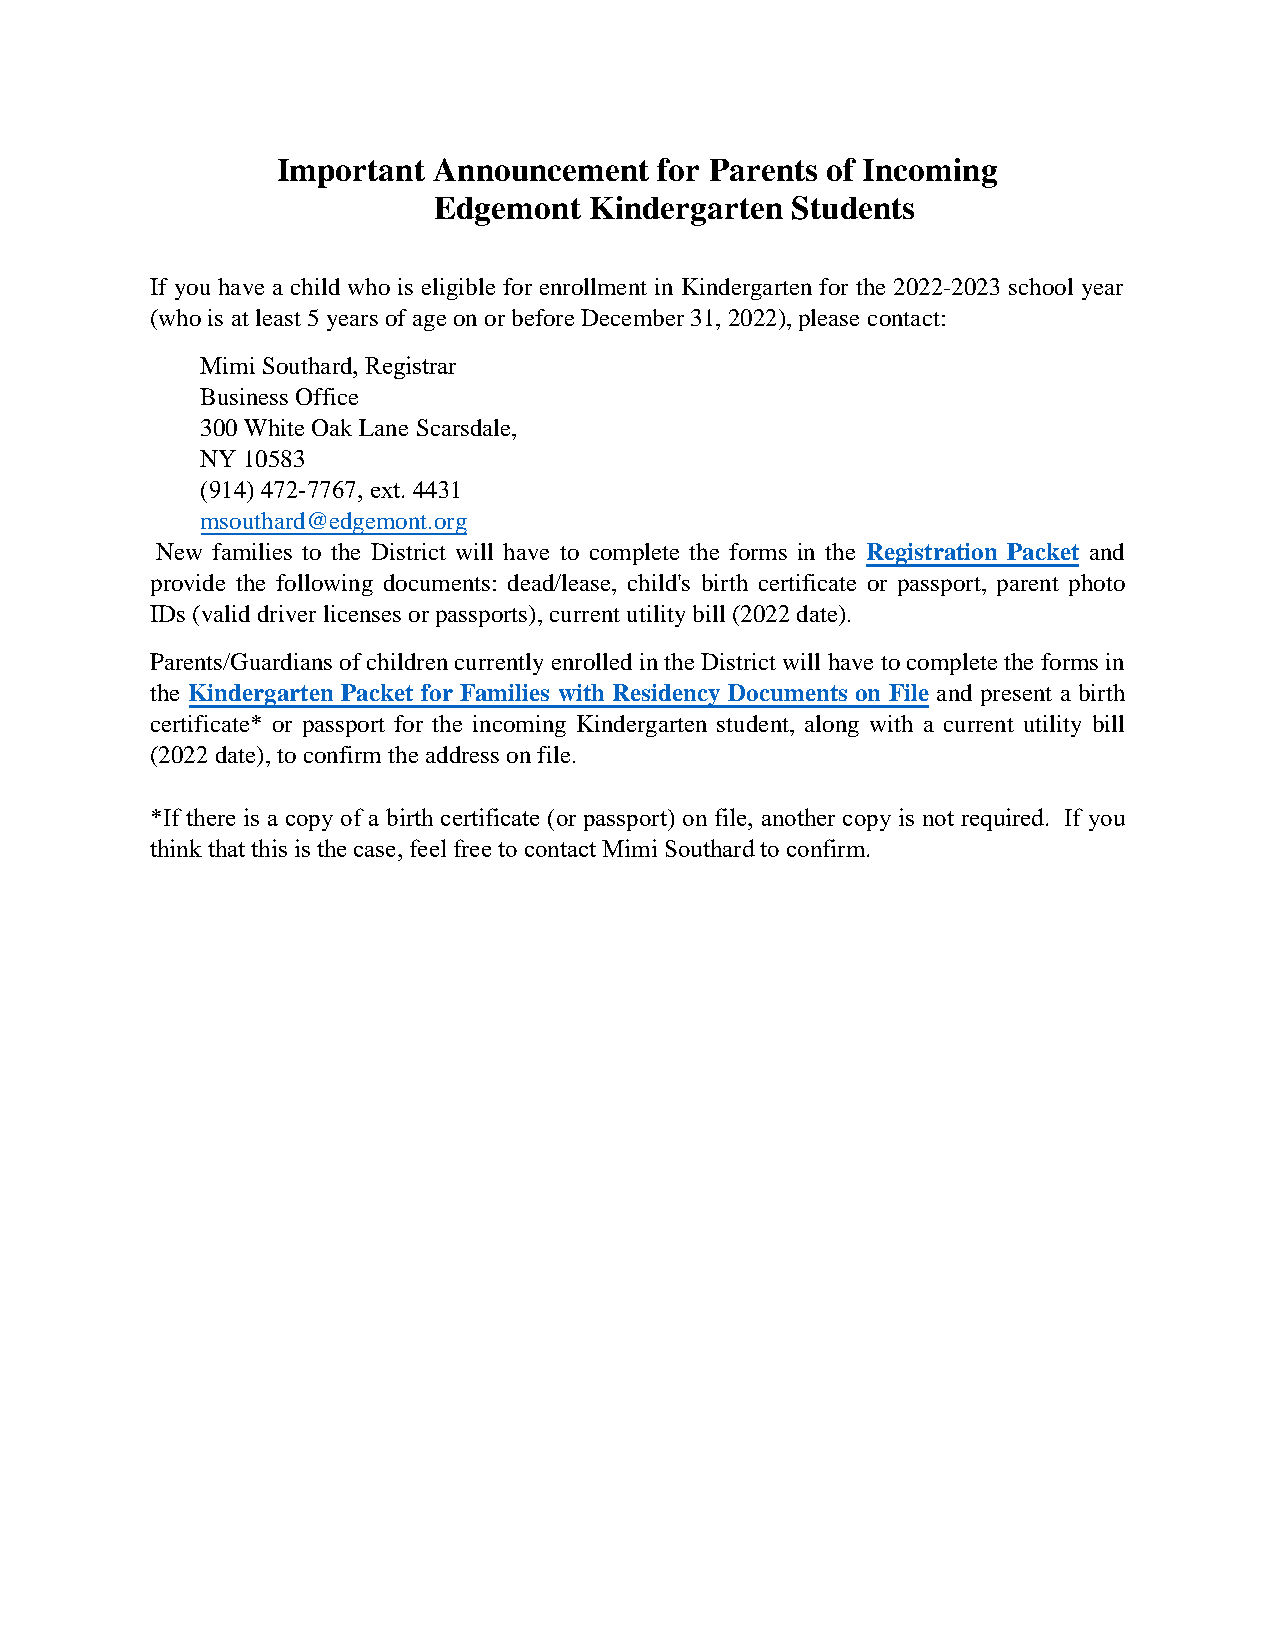
Important  Announcement   for Parents of Incoming
 Edgemont  Kindergarten Students
 If you have a child who is eligible for enrollment in Kindergarten for the 2022-2023 school year
 (who is at least 5 years of age on or before December 31, 2022), please contact:
 Mimi Southard, Registrar
 Business Office
 300 White Oak Lane Scarsdale,
 NY 10583
 (914) 472-7767, ext. 4431
 msouthard@edgemont.org
 New families to the District will have to complete the forms in the Registration Packet and
 provide the following documents: dead/lease, child's birth certificate or passport, parent photo
 IDs (valid driver licenses or passports), current utility bill (2022 date).
 Parents/Guardians of children currently enrolled in the District will have to complete the forms in
 the Kindergarten Packet for Families with Residency Documents on File and present a birth
 certificate* or passport for the incoming Kindergarten student, along with a current utility bill
 (2022 date), to confirm the address on file.
 *If there is a copy of a birth certificate (or passport) on file, another copy is not required. If you
 think that this is the case, feel free to contact Mimi Southard to confirm.